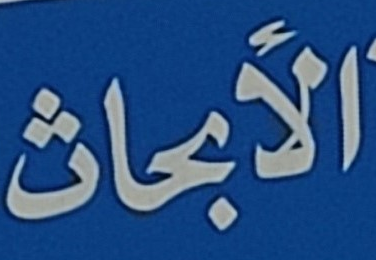
الأبحاث